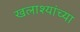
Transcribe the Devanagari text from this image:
खलाश्यांच्या